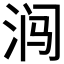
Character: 𰛩